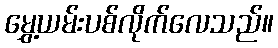
မွှေ့ယမ်းပစ်လိုက်လေသည်။